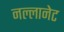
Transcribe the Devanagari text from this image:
नल्लानेट